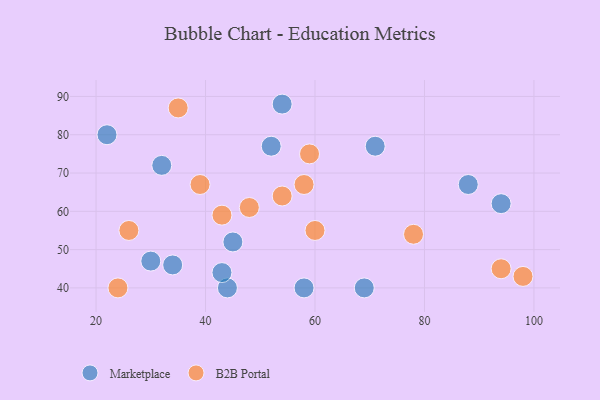
{"axis": {"x": "GDP", "y": "Life Expectancy"}, "legend": ["B2B Portal", "Marketplace"], "data": [{"x": "69", "y": 40, "type": "Marketplace"}, {"x": "58", "y": 40, "type": "Marketplace"}, {"x": "94", "y": 62, "type": "Marketplace"}, {"x": "44", "y": 40, "type": "Marketplace"}, {"x": "88", "y": 67, "type": "Marketplace"}, {"x": "45", "y": 52, "type": "Marketplace"}, {"x": "71", "y": 77, "type": "Marketplace"}, {"x": "32", "y": 72, "type": "Marketplace"}, {"x": "30", "y": 47, "type": "Marketplace"}, {"x": "34", "y": 46, "type": "Marketplace"}, {"x": "52", "y": 77, "type": "Marketplace"}, {"x": "54", "y": 88, "type": "Marketplace"}, {"x": "22", "y": 80, "type": "Marketplace"}, {"x": "43", "y": 44, "type": "Marketplace"}, {"x": "94", "y": 45, "type": "B2B Portal"}, {"x": "39", "y": 67, "type": "B2B Portal"}, {"x": "58", "y": 67, "type": "B2B Portal"}, {"x": "54", "y": 64, "type": "B2B Portal"}, {"x": "60", "y": 55, "type": "B2B Portal"}, {"x": "35", "y": 87, "type": "B2B Portal"}, {"x": "24", "y": 40, "type": "B2B Portal"}, {"x": "59", "y": 75, "type": "B2B Portal"}, {"x": "98", "y": 43, "type": "B2B Portal"}, {"x": "78", "y": 54, "type": "B2B Portal"}, {"x": "48", "y": 61, "type": "B2B Portal"}, {"x": "26", "y": 55, "type": "B2B Portal"}, {"x": "43", "y": 59, "type": "B2B Portal"}]}